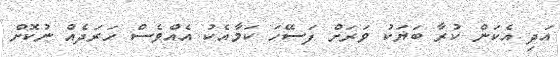
އަދި އެކަން ކުރާ ބަޔަކު ވަރަށް ފަސޭހަ ކަމާއެކު އެއްވެސް ހަރަދެއް ނުކޮށް